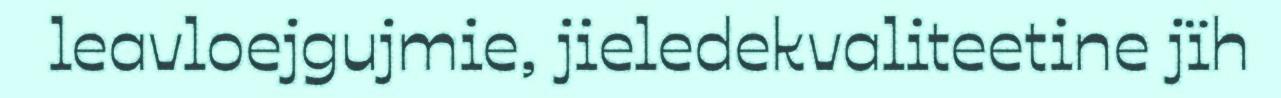
leavloejgujmie, jieledekvaliteetine jïh